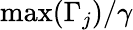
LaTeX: \mathrm{max}(\Gamma_{j})/\gamma